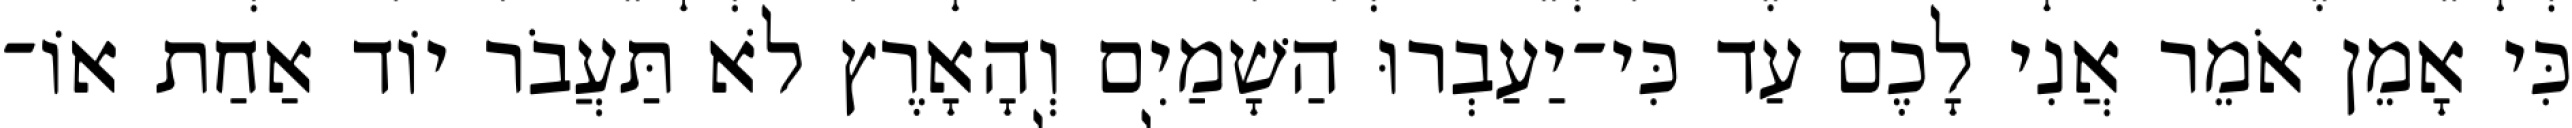
כִּי אָמֵן אֹמֵר אֲנִי לָכֶם עַד כִּי־יַעַבְרוּ הַשָׁמַיִם וְהָאָרֶץ לֹא תַּעֲבֹר יוֹד אַחַת אוֹ־